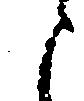
之